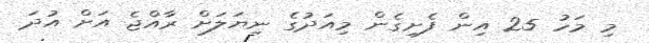
މި މަހު 25 އިން ފެށިގެން މިއަދުގެ ނިޔަލަށް ރާއްޖެ އަށް އުދަ